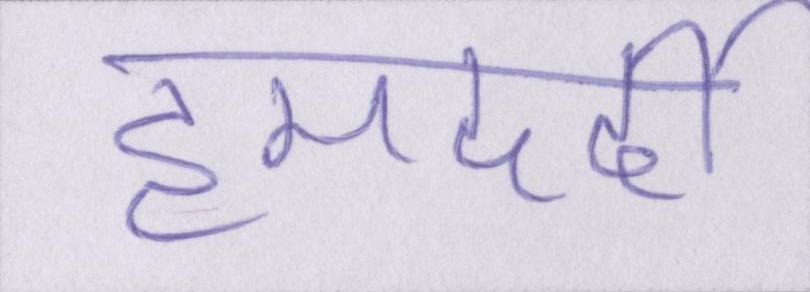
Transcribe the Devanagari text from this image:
हमदर्दी